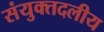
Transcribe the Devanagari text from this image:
संयुक्तदलीय